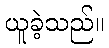
ယူခဲ့သည်။